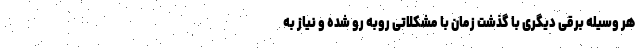
هر وسیله برقی دیگری با گذشت زمان با مشکلاتی روبه رو شده و نیاز به